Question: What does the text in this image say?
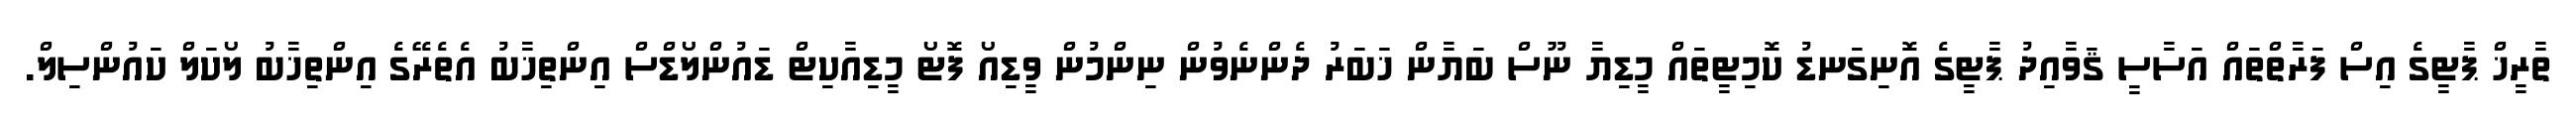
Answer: ތާރީޚް ޕާޓީގެ އިސް ފަރާތްތައް އަސާސީ ޤަވާއިދު ޕާޓީގެ އޮނިގަނޑު ކޮމިޓީތައް މީޑިޔާ ނޫސް ބަޔާން ޚަބަރު ދެންނެވުން ނިންމުން ވީޑިއޯ ފޮޓޯ މީޑިއާކިޓް ޑައުންލޯޑްސް އިންތިޚާބު އެތެރޭގެ އިންތިޚާބު ލޯކަލް ކައުންސިލް.